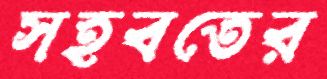
সহবতের